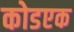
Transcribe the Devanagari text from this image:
कोडएक